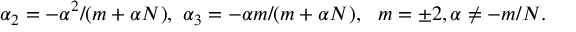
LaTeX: \alpha _ { 2 } = - \alpha ^ { 2 } / ( m + \alpha N ) , ~ \alpha _ { 3 } = - \alpha m / ( m + \alpha N ) , ~ ~ m = \pm 2 , \alpha \neq - m / N .